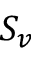
S _ { v }